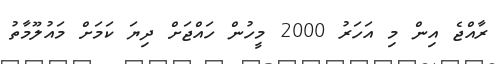
ރާއްޖެ އިން މި އަހަރު 2000 މީހުން ހައްޖަށް ދިޔަ ކަމަށް މައުލޫމާތު